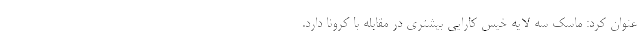
عنوان کرد: ماسک سه لایه خیس کارایی بیشتری در مقابله با کرونا دارد.